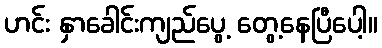
ဟင်း နှာခေါင်းကျည်ပွေ့ တွေ့နေပြီပေါ့။